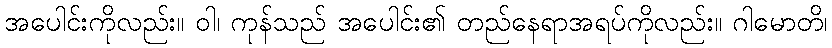
အပေါင်းကိုလည်း။ ဝါ၊ ကုန်သည် အပေါင်း၏ တည်နေရာအရပ်ကိုလည်း။ ဂါမောတိ၊